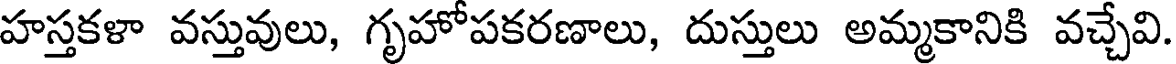
హస్తకళా వస్తువులు, గృహోపకరణాలు, దుస్తులు అమ్మకానికి వచ్చేవి.